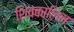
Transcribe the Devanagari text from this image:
शिवकालिन